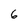
Character: 6